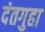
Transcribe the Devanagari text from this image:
दंतगुहा